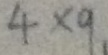
4 \times 9